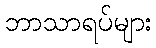
ဘာသာရပ်များ